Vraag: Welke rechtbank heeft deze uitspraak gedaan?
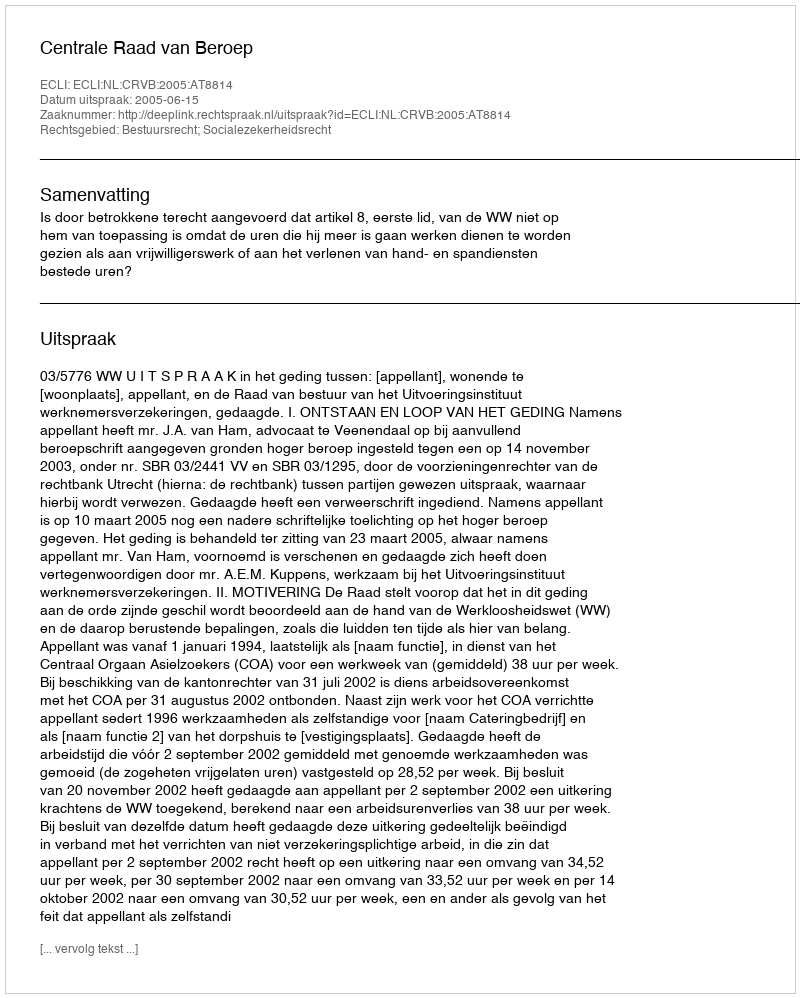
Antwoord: Centrale Raad van Beroep